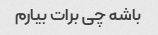
باشه چی برات بیارم